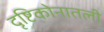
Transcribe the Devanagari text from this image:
दृष्टिकोनातली